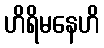
ဟိရိမနေဟိ